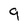
Character: 9